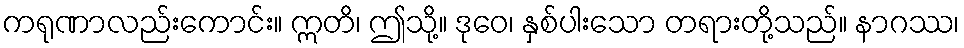
ကရုဏာလည်းကောင်း။ ဣတိ၊ ဤသို့။ ဒုဝေ၊ နှစ်ပါးသော တရားတို့သည်။ နာဂဿ၊